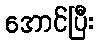
အောင်ပြီး